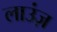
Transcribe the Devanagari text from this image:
लाउंज़